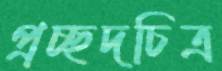
প্রচ্ছদচিত্র